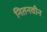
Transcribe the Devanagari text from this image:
नितनवीन